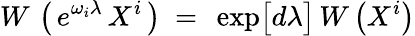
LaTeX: W\, \left(\, e^{\omega_{i}\lambda}\, X^{i}\, \right)~=~\exp\bigl[d\lambda\bigr]\, W\left(X^{i}\right)